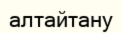
алтайтану